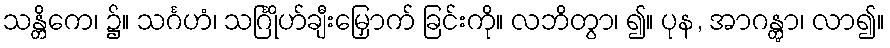
သန္တိကေ၊ ၌။ သင်္ဂဟံ၊ သင်္ဂြိုဟ်ချီးမြှောက် ခြင်းကို။ လဘိတွာ၊ ၍။ ပုန, အာဂန္တွာ၊ လာ၍။